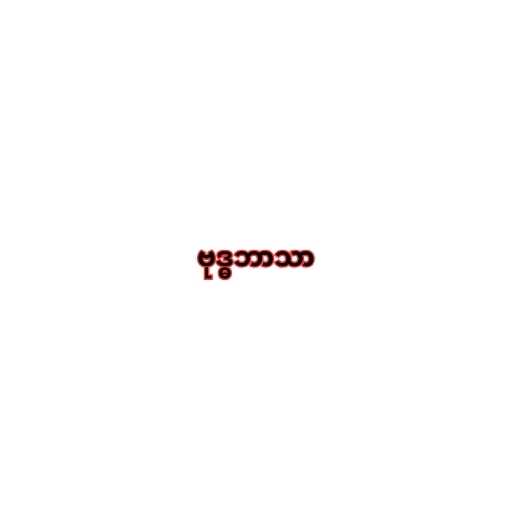
ဗုဒ္ဓဘာသာ